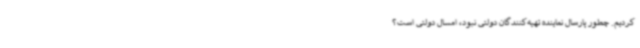
کردیم. چطور پارسال نماینده تهیه‌کنندگان دولتی نبود، امسال دولتی است؟